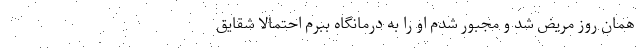
همان روز مریض شد و مجبور شدم او را به درمانگاه ببرم احتمالاً شقایق